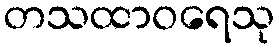
တသထာဝရေသု